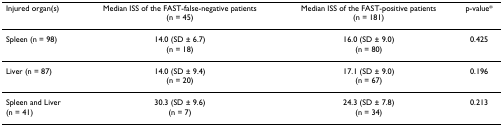
<table><thead><tr><td><b>Injured organ(s)</b></td><td><b>Median ISS of the FAST-false-negative patients(n = 45)</b></td><td><b>Median ISS of the FAST-positive patients(n = 181)</b></td><td><b>p-value*</b></td></tr></thead><tbody><tr><td>Spleen (n = 98)</td><td>14.0 (SD ± 6.7)(n = 18)</td><td>16.0 (SD ± 9.0)(n = 80)</td><td>0.425</td></tr><tr><td>Liver (n = 87)</td><td>14.0 (SD ± 9.4)(n = 20)</td><td>17.1 (SD ± 9.0)(n = 67)</td><td>0.196</td></tr><tr><td>Spleen and Liver(n = 41)</td><td>30.3 (SD ± 9.6)(n = 7)</td><td>24.3 (SD ± 7.8)(n = 34)</td><td>0.213</td></tr></tbody></table>